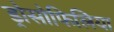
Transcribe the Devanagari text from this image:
ड्रोसोफिलिया